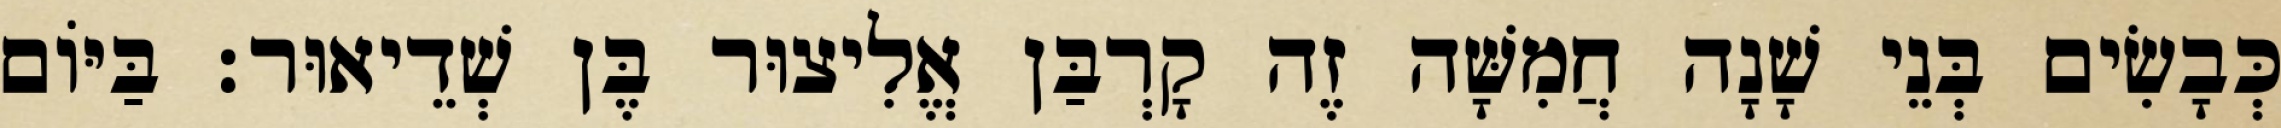
כְּבָשִׂים בְּנֵי שָׁנָה חֲמִשָּׁה זֶה קָרְבַּן אֱלִיצוּר בֶּן שְׁדֵיאוּר׃ בַּיּוֹם